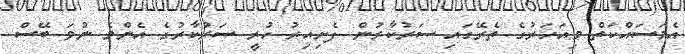
އެމަސައްކަތް މިއަހަރުގެ ތެރޭގައި ސަރުކާރުން ފެށިއިރު ހުރީ ސަރުކާރުގެ އެންމެ ނުވަ ބޭސް